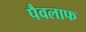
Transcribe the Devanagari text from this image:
पैवलाफ